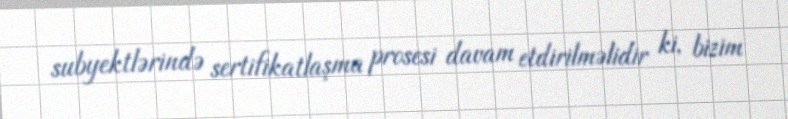
subyektlərində sertifikatlaşma prosesi davam etdirilməlidir ki, bizim